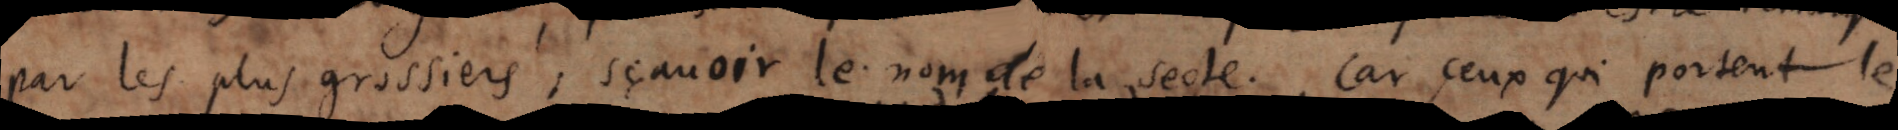
par les plus grossiers, sçavoir le nom de la secte. Car ceux qui portent le